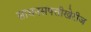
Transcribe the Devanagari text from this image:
साधनसंपत्तीखेरीज